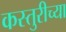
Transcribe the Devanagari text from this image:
कस्तुरीच्या